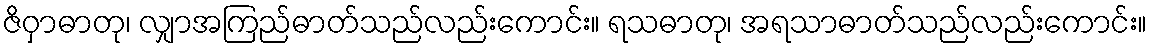
ဇိဝှာဓာတု၊ လျှာအကြည်ဓာတ်သည်လည်းကောင်း။ ရသဓာတု၊ အရသာဓာတ်သည်လည်းကောင်း။